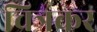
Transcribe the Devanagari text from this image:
चित्रकर